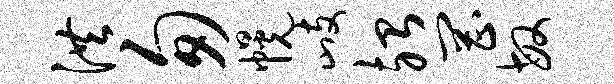
洪匆幌歧殆罔敏